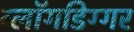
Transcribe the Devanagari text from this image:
ब्लॉगडिग्गर